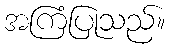
အကြံပြုသည်။